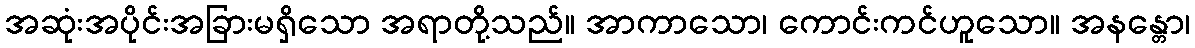
အဆုံးအပိုင်းအခြားမရှိသော အရာတို့သည်။ အာကာသော၊ ကောင်းကင်ဟူသော။ အနန္တော၊